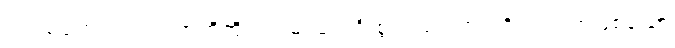
ဥပါသကေ၊ ဥပါသကာတို့ကို။ ပဌမံ၊ ရှေးဦးစွာ။ သရဏံ၊ ကိုးကွယ်ရာဖြစ်သော